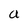
Character: a